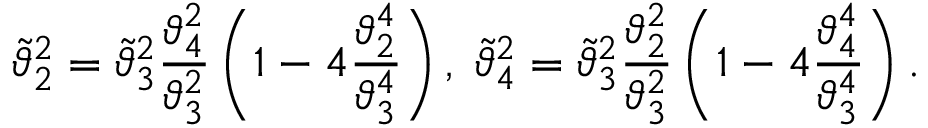
\tilde { \vartheta } _ { 2 } ^ { 2 } = \tilde { \vartheta } _ { 3 } ^ { 2 } { \frac { \vartheta _ { 4 } ^ { 2 } } { \vartheta _ { 3 } ^ { 2 } } } \left( 1 - 4 { \frac { \vartheta _ { 2 } ^ { 4 } } { \vartheta _ { 3 } ^ { 4 } } } \right) , \; \tilde { \vartheta } _ { 4 } ^ { 2 } = \tilde { \vartheta } _ { 3 } ^ { 2 } { \frac { \vartheta _ { 2 } ^ { 2 } } { \vartheta _ { 3 } ^ { 2 } } } \left( 1 - 4 { \frac { \vartheta _ { 4 } ^ { 4 } } { \vartheta _ { 3 } ^ { 4 } } } \right) .